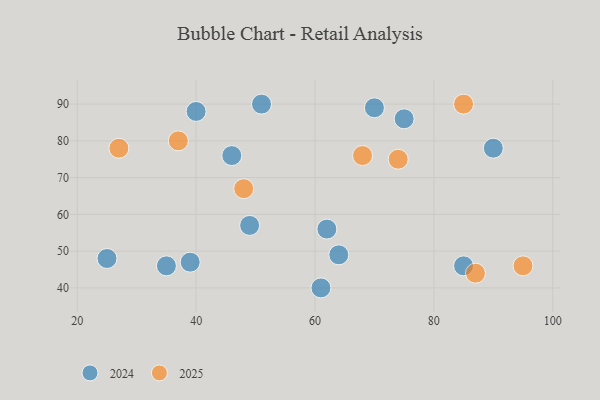
{"axis": {"x": "GDP", "y": "Life Expectancy"}, "legend": ["2024", "2025"], "data": [{"x": "49", "y": 57, "type": "2024"}, {"x": "35", "y": 46, "type": "2024"}, {"x": "62", "y": 56, "type": "2024"}, {"x": "70", "y": 89, "type": "2024"}, {"x": "90", "y": 78, "type": "2024"}, {"x": "40", "y": 88, "type": "2024"}, {"x": "61", "y": 40, "type": "2024"}, {"x": "46", "y": 76, "type": "2024"}, {"x": "25", "y": 48, "type": "2024"}, {"x": "64", "y": 49, "type": "2024"}, {"x": "39", "y": 47, "type": "2024"}, {"x": "75", "y": 86, "type": "2024"}, {"x": "85", "y": 46, "type": "2024"}, {"x": "51", "y": 90, "type": "2024"}, {"x": "37", "y": 80, "type": "2025"}, {"x": "87", "y": 44, "type": "2025"}, {"x": "95", "y": 46, "type": "2025"}, {"x": "68", "y": 76, "type": "2025"}, {"x": "48", "y": 67, "type": "2025"}, {"x": "27", "y": 78, "type": "2025"}, {"x": "74", "y": 75, "type": "2025"}, {"x": "85", "y": 90, "type": "2025"}]}